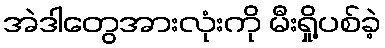
အဲဒါတွေအားလုံးကို မီးရှို့ပစ်ခဲ့